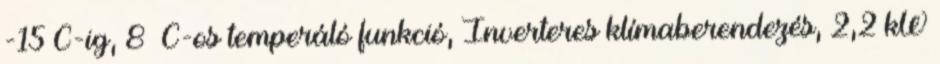
-15°C-ig, 8 °C-os temperáló funkció, Inverteres klímaberendezés, 2,2 kW